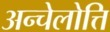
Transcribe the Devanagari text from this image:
अन्चेलोत्ति